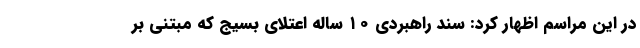
در این مراسم اظهار کرد: سند راهبردی ۱۰ ساله اعتلای بسیج که مبتنی بر